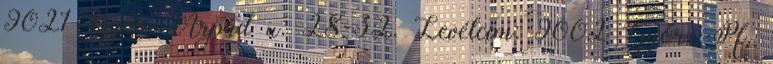
9021 Győr, Árpád u. 28-32. Levélcím: 9002 Győr, Pf.